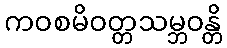
ကဝစမိဝတ္တသမ္ဘဝန္တိ